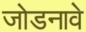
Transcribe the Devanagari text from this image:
जोडनावे